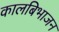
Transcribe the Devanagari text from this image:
कालबिभाजन